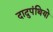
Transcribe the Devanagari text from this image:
दादुपंथियो